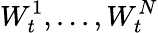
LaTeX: W_{t}^{1},...,W_{t}^{N}